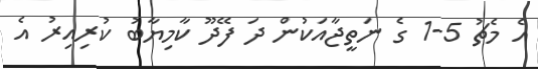
އެ މެޗު 5-1 ގެ ނަތީޖާއަކުން ދަ ފޭދޫ ކާމިޔާބު ކުރިއިރު އެ